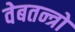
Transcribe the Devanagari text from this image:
वेबतन्त्रों